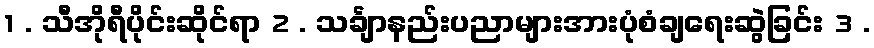
1 . သီအိုရီပိုင်းဆိုင်ရာ 2 . သင်္ချာနည်းပညာများအားပုံစံချရေးဆွဲခြင်း 3 .